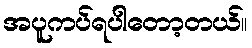
အပူကပ်ရပါတော့တယ်။